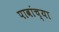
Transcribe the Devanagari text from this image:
पावांच्या